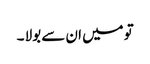
تو میں ان سے بولا ۔